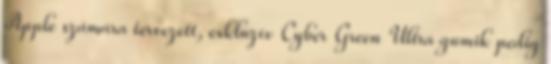
Apple számára tervezett, exkluzív Cyber Green Ultra gumik pedig